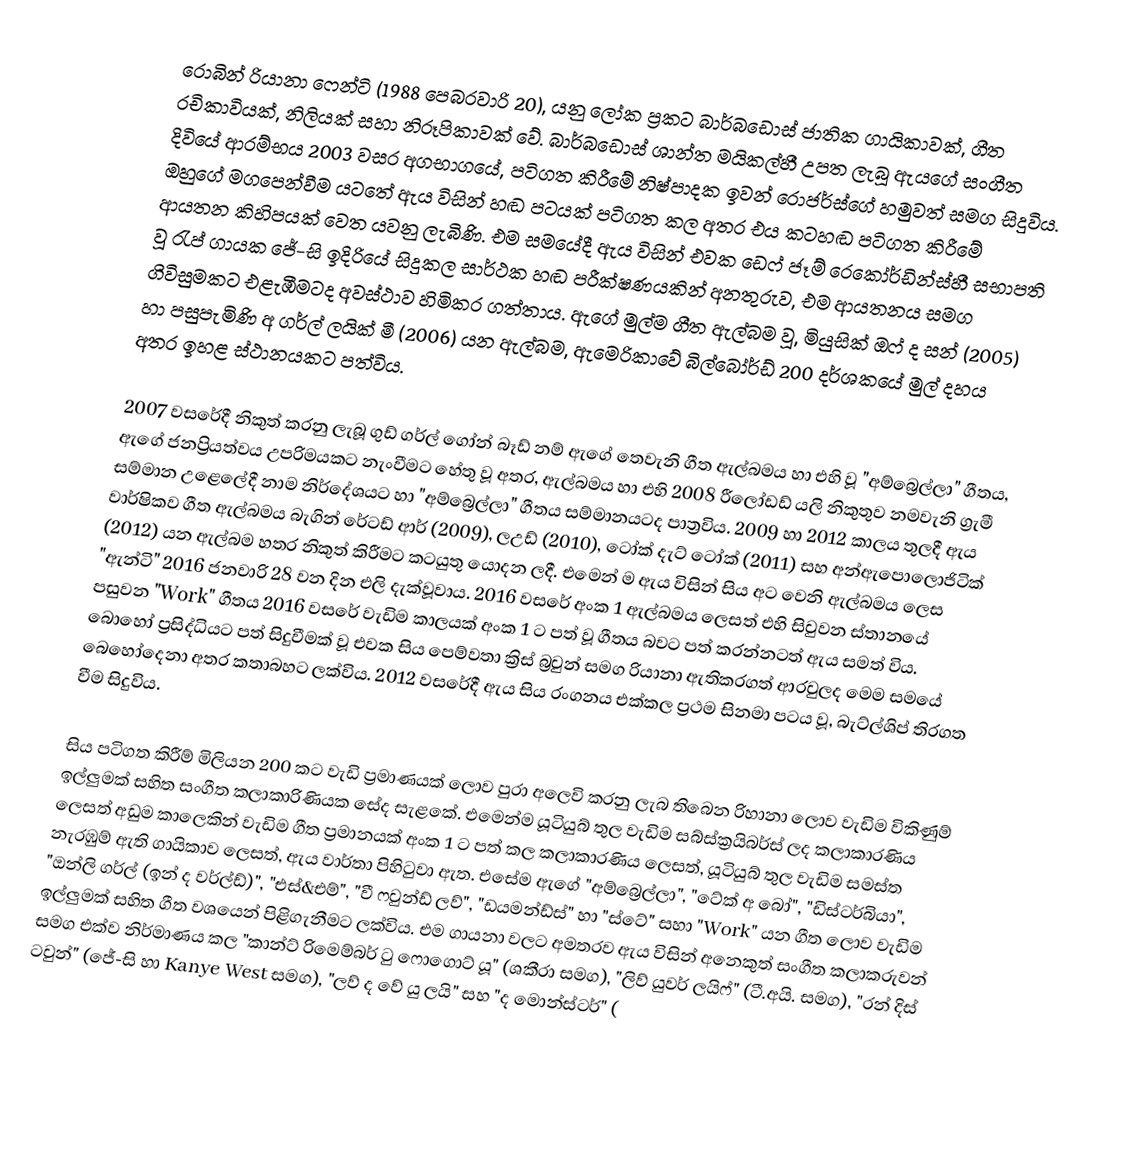
රොබින් රියානා ෆෙන්ටි (1988 පෙබරවාරි 20), යනු ලෝක ප්‍රකට බාර්බඩොස් ජාතික ගායිකාවක්, ගීත රචිකාවියක්, නිලියක් සහා නිරූපිකාවක්  වේ. බාර්බඩොස් ශාන්ත මයිකල්හී උපත ලැබූ ඇයගේ සංගීත දිවියේ ආරම්භය 2003 වසර අගභාගයේ, පටිගත කිරීමේ නිෂ්පාදක ඉවන් රොජර්ස්ගේ හමුවත් සමග සිදුවිය. ඔහුගේ මගපෙන්වීම යටතේ ඇය විසින් හඬ පටයක් පටිගත කල අතර එය කටහඬ පටිගත කිරීමේ ආයතන කිහිපයක් වෙත යවනු ලැබිණි. එම සමයේදී ඇය විසින් එවක ඩෙෆ් ජෑම් රෙකෝර්ඩින්ස්හී සභාපති වූ රැප් ගායක ජේ-සි ඉදිරියේ සිදුකල සාර්ථක හඬ පරීක්ෂණයකින් අනතුරුව, එම ආයතනය සමග ගිවිසුමකට එළැඹීමටද අවස්ථාව හිමිකර ගත්තාය. ඇගේ මුල්ම ගීත ඇල්බම වූ, මියුසික් ඔෆ් ද සන් (2005) හා පසුපැමිණි අ ගර්ල් ලයික් මී (2006) යන ඇල්බම, ඇමෙරිකාවේ බිල්බෝර්ඩ් 200 දර්ශකයේ මුල් දහය අතර ඉහළ ස්ථානයකට පත්විය.

2007 වසරේදී නිකුත් කරනු ලැබූ ගුඩ් ගර්ල් ගෝන් බෑඩ් නම් ඇගේ තෙවැනි ගීත ඇල්බමය හා එහි වූ "අම්බ්‍රෙල්ලා"  ගීතය, ඇගේ ජනප්‍රියත්වය උපරිමයකට නැංවීමට හේතු වූ අතර, ඇල්බමය හා එහි 2008 රීලෝඩඩ් යලි නිකුතුව නමවැනි ග්‍රැමී සම්මාන උළෙලේදී නාම නිර්දේශයට හා "අම්බ්‍රෙල්ලා" ගීතය  සම්මානයටද පාත්‍රවිය. 2009 හා 2012 කාලය තුලදී ඇය වාර්ෂිකව ගීත ඇල්බමය බැගින් රේටඩ් ආර් (2009), ලඋඩ් (2010), ටෝක් දැට් ටෝක් (2011) සහ අන්ඇපොලොජිටික් (2012) යන ඇල්බම හතර නිකුත් කිරීමට කටයුතු යොදන ලදී. එමෙන් ම ඇය විසින් සිය අට වෙනි ඇල්බමය ලෙස "ඇන්ටි" 2016 ජනවාරි 28 වන දින එලි දැක්වූවාය. 2016 වසරේ අංක 1 ඇල්බමය ලෙසත් එහි සිවුවන ස්තානයේ පසුවන "Work" ගීතය 2016 වසරේ වැඩිම කාලයක් අංක 1 ට පත් වූ ගීතය බවට පත් කරන්නටත් ඇය සමත් විය. බොහෝ ප්‍රසිද්ධියට පත් සිදුවීමක් වූ එවක සිය පෙම්වතා ක්‍රිස් බ්‍රවුන් සමග රියානා ඇතිකරගත් ආරවුලද මෙම සමයේ බෙහෝදෙනා අතර කතාබහට ලක්විය. 2012 වසරේදී ඇය සිය රංගනය එක්කල ප්‍රථම සිනමා පටය වූ, බැට්ල්ශිප් තිරගත වීම සිදුවිය.

සිය පටිගත කිරීම් මිලියන 200 කට වැඩි ප්‍රමාණයක් ලොව පුරා අලෙවි කරනු ලැබ තිබෙන රිහානා ලොව වැඩිම විකිණුම් ඉල්ලුමක් සහිත සංගීත කලාකාරිණියක සේද සැළකේ. එමෙන්ම යූටියුබ් තුල වැඩිම සබ්ස්ක්‍රයිබර්ස් ලද කලාකාරණිය ලෙසත් අඩුම කාලෙකින් වැඩිම ගීත ප්‍රමානයක් අංක 1 ට පත් කල කලාකාරණිය ලෙසත්, යූටියුබ් තුල වැඩිම සමස්ත නැරඹුම් ඇති ගායිකාව ලෙසත්, ඇය වාර්තා පිහිටුවා ඇත. එසේම ඇගේ "අම්බ්‍රෙල්ලා", "ටේක් අ බෝ", "ඩිස්ටර්බියා", "ඔන්ලි ගර්ල් (ඉන් ද වර්ල්ඩ්)", "එස්&එම්", "වී ෆවුන්ඩ් ලව්", "ඩයමන්ඩ්ස්" හා "ස්ටේ" සහා "Work"  යන ගීත ලොව වැඩිම ඉල්ලුමක් සහිත  ගීත වශයෙන් පිළිගැනීමට ලක්විය. එම ගායනා වලට අමතරව ඇය විසින් අනෙකුත් සංගීත කලාකරුවන් සමග එක්ව නිර්මාණය කල "කාන්ට් රිමෙම්බර් ටු ෆොගොට් යූ" (ශකීරා සමග), "ලිව් යුවර් ලයිෆ්" (ටී.අයි. සමග), "රන් දිස් ටවුන්" (ජේ-සි හා Kanye West සමග), "ලව් ද වේ යු ලයි" සහ "ද මොන්ස්ටර්" (